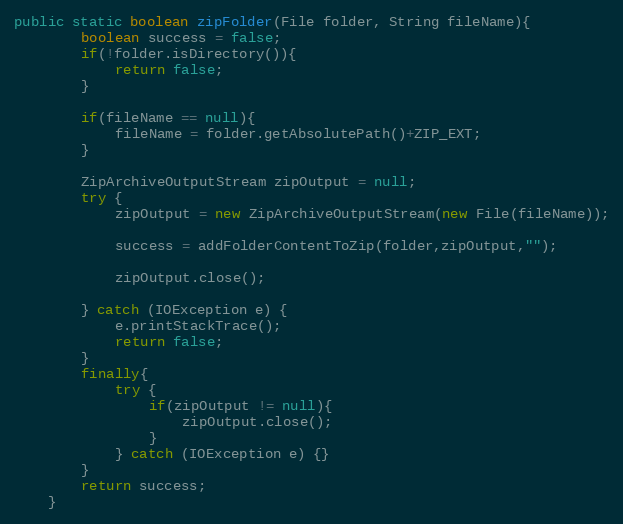
Language: Java
public static boolean zipFolder(File folder, String fileName){
		boolean success = false;
		if(!folder.isDirectory()){
			return false;
		}

		if(fileName == null){
			fileName = folder.getAbsolutePath()+ZIP_EXT;
		}

		ZipArchiveOutputStream zipOutput = null;
		try {
			zipOutput = new ZipArchiveOutputStream(new File(fileName));

			success = addFolderContentToZip(folder,zipOutput,"");

			zipOutput.close();

		} catch (IOException e) {
			e.printStackTrace();
			return false;
		}
		finally{
			try {
				if(zipOutput != null){
					zipOutput.close();
				}
			} catch (IOException e) {}
		}
		return success;
	}